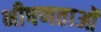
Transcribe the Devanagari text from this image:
भीषणताओं